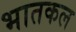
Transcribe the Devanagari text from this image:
भातकल